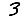
Digit: 3